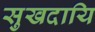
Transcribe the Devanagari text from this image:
सुखदायि